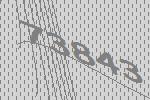
73843